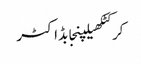
کرکٹکھیلپنجابڈاکٹر